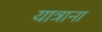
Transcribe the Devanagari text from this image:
यात्राना